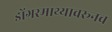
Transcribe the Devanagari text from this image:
डोंगरमाथ्यावरूनच